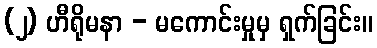
(၂) ဟီရိုမနာ - မကောင်းမှုမှ ရှက်ခြင်း။